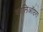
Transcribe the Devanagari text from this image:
कालिऑप्टरा